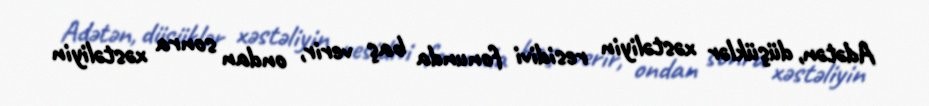
Adətən, düşüklər xəstəliyin residivi fonunda baş verir, ondan sonra xəstəliyin